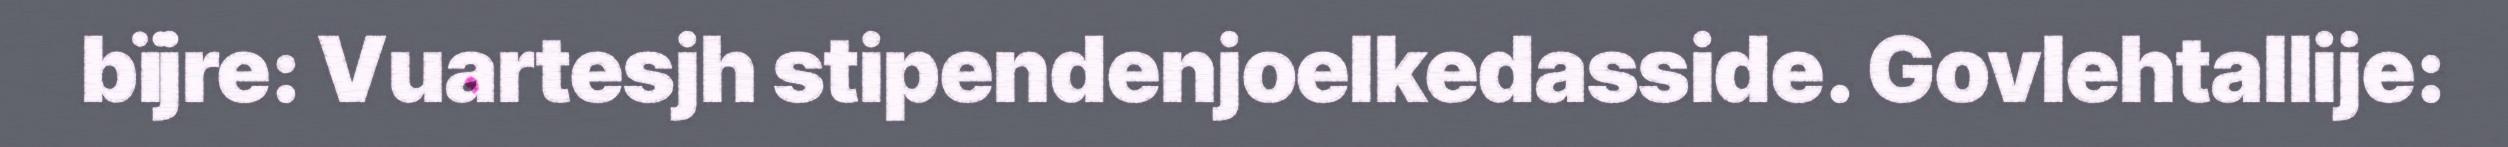
bïjre: Vuartesjh stipendenjoelkedasside. Govlehtallije: